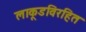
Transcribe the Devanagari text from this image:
लाकूडविरहित